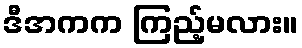
ဒီအကက ကြည့်မလား။